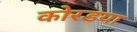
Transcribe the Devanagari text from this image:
कोरडया